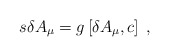
\begin{align*}s\delta A_\mu =g\left[ \delta A_\mu ,c\right] \;, \end{align*}